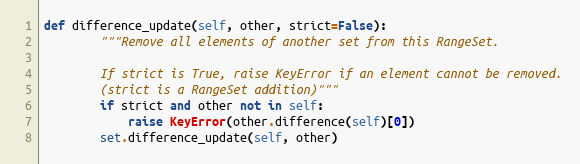
Language: Python
def difference_update(self, other, strict=False):
        """Remove all elements of another set from this RangeSet.

        If strict is True, raise KeyError if an element cannot be removed.
        (strict is a RangeSet addition)"""
        if strict and other not in self:
            raise KeyError(other.difference(self)[0])
        set.difference_update(self, other)